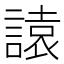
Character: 𧫁